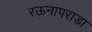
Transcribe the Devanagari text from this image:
रऊनापराडा